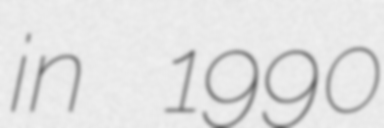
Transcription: in 1990